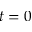
t = 0